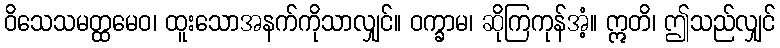
ဝိသေသမတ္ထမေဝ၊ ထူးသောအနက်ကိုသာလျှင်။ ဝက္ခာမ၊ ဆိုကြကုန်အံ့။ ဣတိ၊ ဤသည်လျှင်